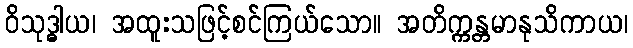
ဝိသုဒ္ဓါယ၊ အထူးသဖြင့်စင်ကြယ်သော။ အတိက္ကန္တမာနုသိကာယ၊